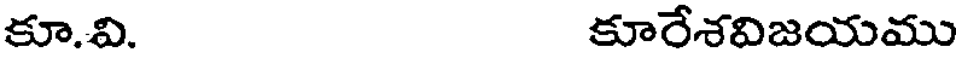
కూ.వి. కూరేశవిజయము